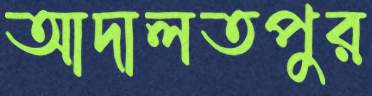
আদালতপুর